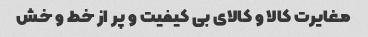
مغایرت کالا و کالای بی کیفیت و پر از خط و خش